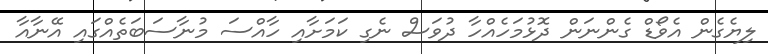
ލިޔެގެން އެވޯޑް ގެންނަން ދޮޅުމަހެއްހާ ދުވަސް ނެގި ކަމަށާއި ހާއްސަ މުނާސަބަތެއްގައި އޭނާއާ